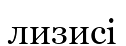
лизисі